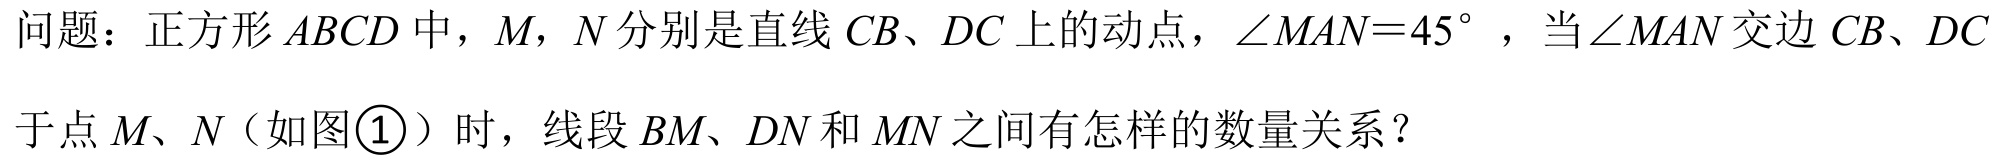
问题：正方形 \(ABCD\) 中，\(M\)，\(N\) 分别是直线 \(CB\)、\(DC\) 上的动点，\(\angle MAN = 45^{\circ}\) ，当 \(\angle MAN\) 交边 \(CB\)、\(DC\) 于点 \(M\)、\(N\)（如图\textcircled{1}）时，线段 \(BM\)、\(DN\) 和 \(MN\) 之间有怎样的数量关系？